Leaving Certificate Examination (including Day School Certificate (Higher) General paper), 1930
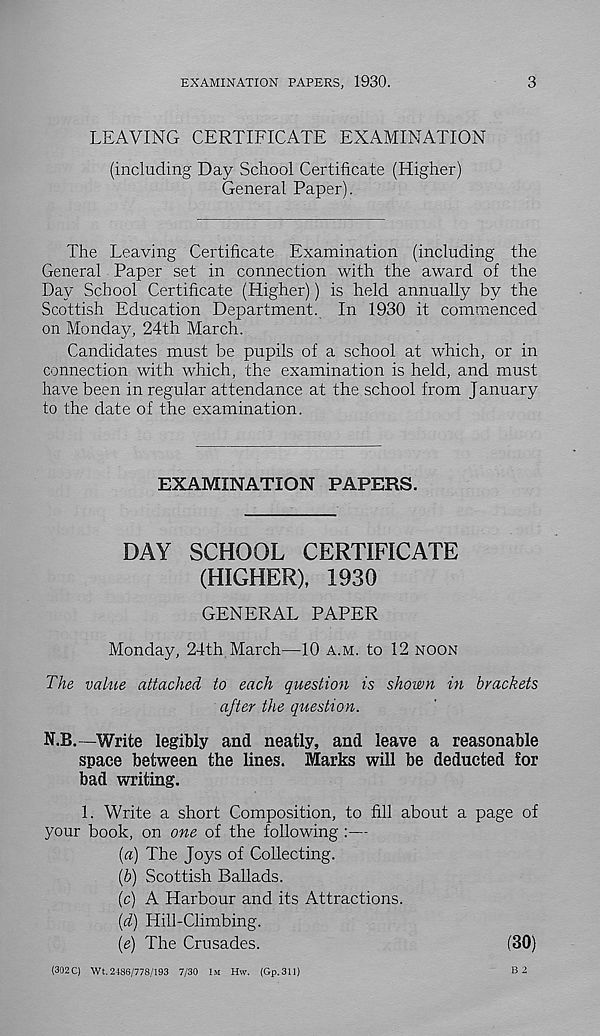
EXAMINATION PAPERS, 1930.
3
LEAVING CERTIFICATE EXAMINATION
(including Day School Certificate (Higher)
General Paper).
The Leaving Certificate Examination (including the
General Paper set in connection with the award of the
Day School Certificate (Higher)) is held annually by the
Scottish Education Department. In 1930 it commenced
on Monday, 24th March.
Candidates must be pupils of a school at which, or in
connection with which, the examination is held, and must
have been in regular attendance at the school from January
to the date of the examination.
EXAMINATION PAPERS.
DAY SCHOOL CERTIFICATE
(HIGHER), 1930
GENERAL PAPER
Monday, 24th March—10 A.M. to 12 NOON
The value attached to each question is shown in brackets
after the question.
N.B.—Write legibly and neatly, and leave a reasonable
space between the lines. Marks will be deducted for
bad writing.
1. Write a short Composition, to fill about a page of
your book, on one of the following :—
{a) The Joys of Collecting.
(b) Scottish Ballads.
(c) A Harbour and its Attractions.
(d) Hill-Climbing.
(e) The Crusades.
(30)
(302 C) Wt. 2186/778/193 7/30 1M Hw. (Gp.311)